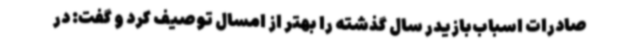
صادرات اسباب‌بازیدر سال گذشته را بهتر از امسال توصیف کرد و گفت: در